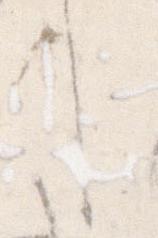
し